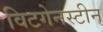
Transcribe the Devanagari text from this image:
विटगेनस्टीन